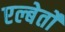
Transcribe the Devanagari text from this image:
एल्बेर्तो